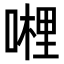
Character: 𭊂